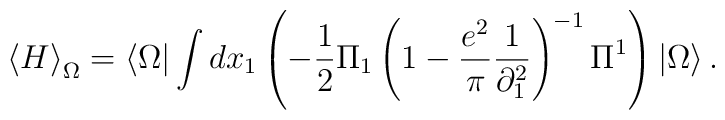
\left\langle H \right\rangle _\Omega  = \left\langle \Omega\right|\int {dx_1 } \left( { - \frac{1}{2}\Pi _1 \left( {1 -\frac{{e^2 }}{\pi }\frac{1}{{\partial _1^2 }}} \right)^{-1} \Pi ^1} \right)\left| \Omega \right\rangle .